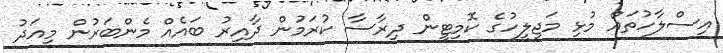
އިސްލާހުތައް މުޅި މަޖިލީހުގެ ކޮމިޓީން ދިރާސާ ކުރަމުން ދާއިރު ބައެއް މެންބަރުން މިއަދު